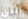
التي